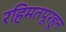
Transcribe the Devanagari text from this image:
रहिमतपूरहून